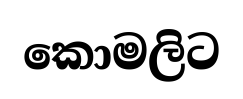
කොමලිට